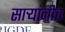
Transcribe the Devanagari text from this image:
सार्‍यांनीच